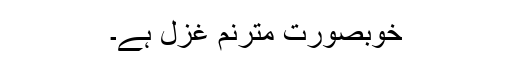
خوبصورت مترنم غزل ہے۔